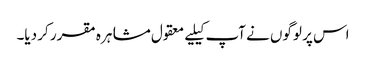
اس پر لوگوں نے آپ کیلیے معقول مشاہرہ مقرر کر دیا۔